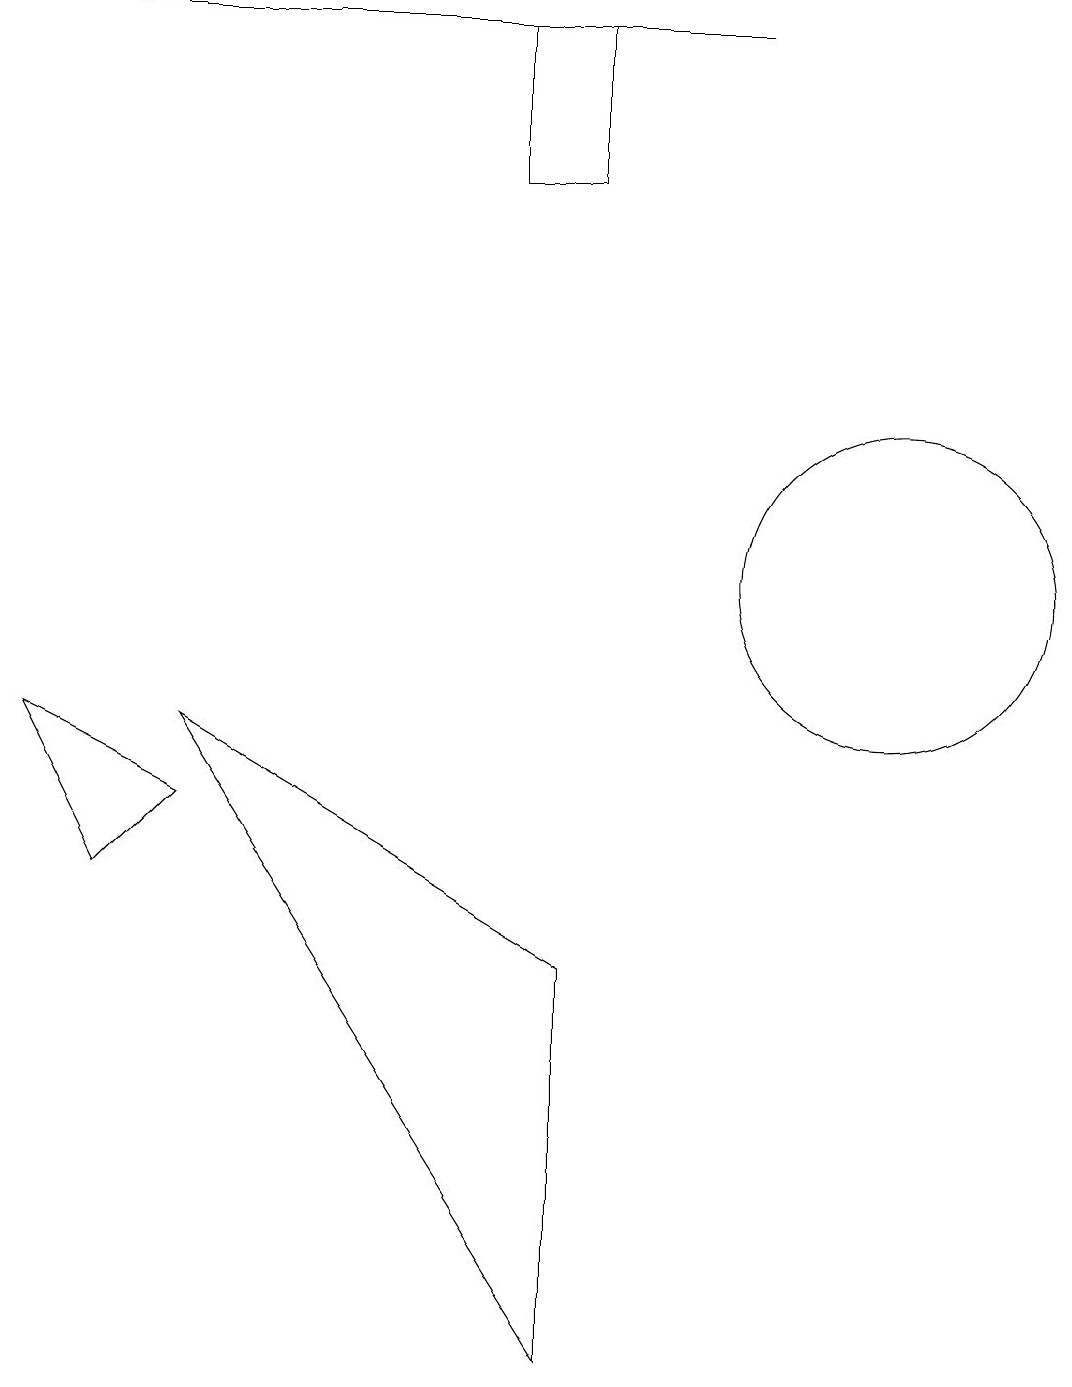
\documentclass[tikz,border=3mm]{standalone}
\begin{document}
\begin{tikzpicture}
\draw[->] (9,18) -- (1,18);
\draw (11,11) circle (2);
\draw (7,6) -- (7,1) -- (2,9) -- cycle;
\draw (7,18) rectangle (6,16);
\draw (0,9) -- (1,7) -- (2,8) -- cycle;
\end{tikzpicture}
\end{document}